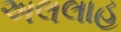
અલલાહ